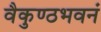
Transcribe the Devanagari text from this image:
वैकुण्ठभवनं